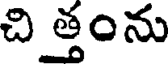
చి త్తంను